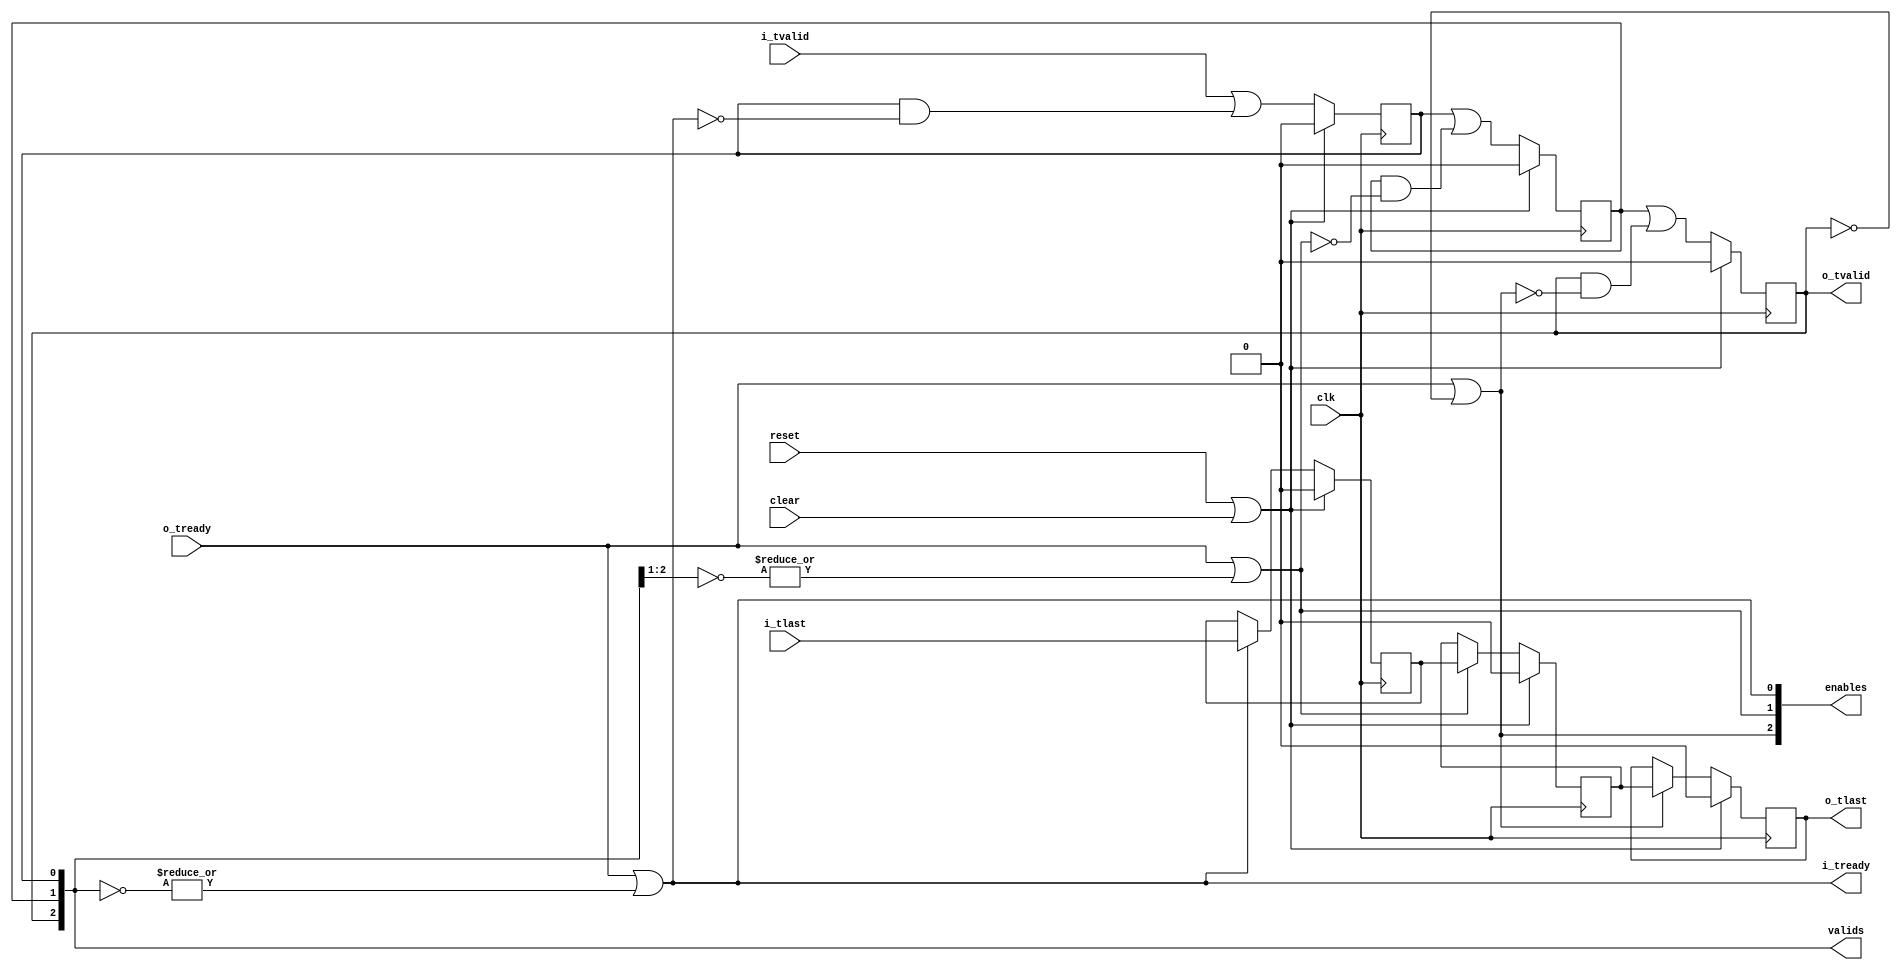

// Copyright 2014 Ettus Research
// Copyright 2018 Ettus Research, a National Instruments Company
//
// SPDX-License-Identifier: LGPL-3.0-or-later


module axi_pipe
  #(parameter STAGES=3)
   (input clk, input reset, input clear,
    input i_tlast, input i_tvalid, output i_tready,
    output o_tlast, output o_tvalid, input o_tready,
    output [STAGES-1:0] enables,
    output reg [STAGES-1:0] valids);

   assign o_tvalid = valids[STAGES-1];
   assign i_tready = enables[0];

   // //////////////////////////////
   // Valids
   genvar 		    i;
   generate
      for(i=1; i<STAGES; i=i+1)
	always @(posedge clk)
	  if(reset | clear)
	    valids[i] <= 1'b0;
      	  else
	    valids[i] <= valids[i-1] | (valids[i] & ~enables[i]);
   endgenerate

   always @(posedge clk)
     if(reset | clear)
       valids[0] <= 1'b0;
     else
       valids[0] <= i_tvalid | (valids[0] & ~enables[0]);

   // //////////////////////////////
   // Enables
   genvar 		    j;
   generate
      for(j=0; j<STAGES; j=j+1)
	assign enables[j] = o_tready | (|(~valids[STAGES-1:j]));
   endgenerate

   // /////////////////////////////
   // tlast
   reg [STAGES-1:0] 	    tlast;
   
   genvar 		    k;
   generate
      for(k=1; k<STAGES; k=k+1)
	always @(posedge clk)
	  if(reset | clear)
	    tlast[k] <= 1'b0;
	  else if(enables[k])
	    tlast[k] <= tlast[k-1];
   endgenerate

   always @(posedge clk)
	  if(reset | clear)
	    tlast[0] <= 1'b0;
	  else if(enables[0])
	    tlast[0] <= i_tlast;

   assign o_tlast = tlast[STAGES-1];
   
endmodule // axi_pipe